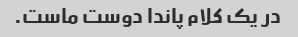
در یک کلام پاندا دوست ماست.